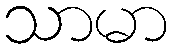
သာမာ